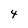
Character: 4